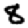
Digit: 8